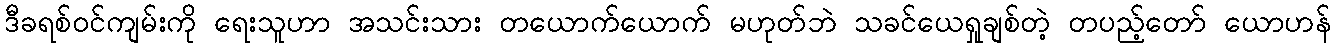
ဒီခရစ်ဝင်ကျမ်းကို ရေးသူဟာ အသင်းသား တယောက်ယောက် မဟုတ်ဘဲ သခင်ယေရှုချစ်တဲ့ တပည့်တော် ယောဟန်